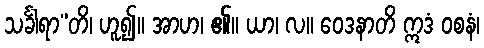
သင်္ခါရာ”တိ၊ ဟူ၍။ အာဟ၊ ၏။ ယာ၊ လ။ ဝေဒနာတိ ဣဒံ ဝစနံ၊